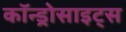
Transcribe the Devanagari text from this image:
कॉन्ड्रोसाइट्स